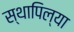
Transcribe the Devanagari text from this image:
स्थापिल्या